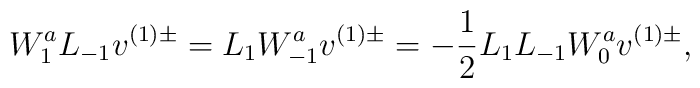
W_1^a L_{-1} v^{(1)\pm} = L_1 W_{-1}^a v^{(1)\pm} = -\frac{1}{2} L_1 L_{-1} W^a_0 v^{(1)\pm},